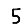
Digit: 5